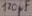
Text: 120µF